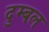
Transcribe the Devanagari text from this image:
दुम्बल